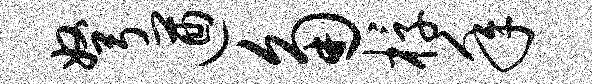
弩遒角椁年